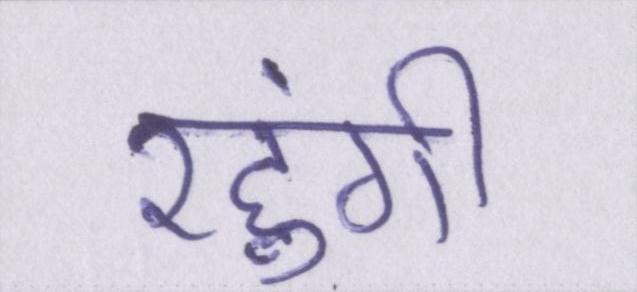
रहुंगी